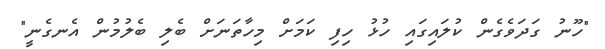
"ހޫނު ގަދަވެގެން ކުލައިގައި ހުޅު ހިފި ކަމަށް މިހާތަނަށް ބެލި ބެލުމުން އެނގެނީ"